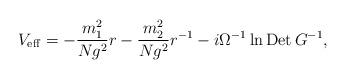
LaTeX: \begin{align*}V_{\rm eff}=-\frac{m^2_1}{Ng^2}r -\frac{m^2_2}{Ng^2}r^{-1}-i\Omega^{-1}\ln{\rm Det}\,G^{-1},\end{align*}